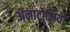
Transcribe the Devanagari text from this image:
ॲनाटोलिया